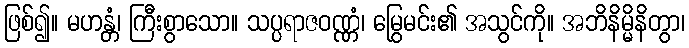
ဖြစ်၍။ မဟန္တံ၊ ကြီးစွာသော။ သပ္ပရာဇဝဏ္ဏံ၊ မြွေမင်း၏ အသွင်ကို။ အဘိနိမ္မိနိတွာ၊